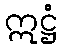
ဣဋ္ဌံ